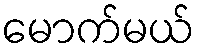
မောက်မယ်